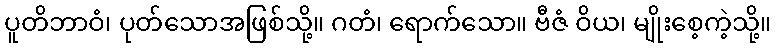
ပူတိဘာဝံ၊ ပုတ်သောအဖြစ်သို့။ ဂတံ၊ ရောက်သော။ ဗီဇံ ဝိယ၊ မျိုးစေ့ကဲ့သို့။